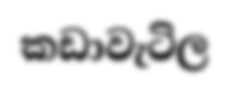
කඩාවැටිල